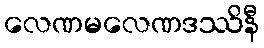
လေဏမလေဏဒဿိနီ